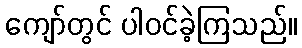
ကျော်တွင် ပါဝင်ခဲ့ကြသည်။